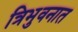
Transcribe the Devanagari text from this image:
त्रिभुवनात